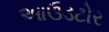
આઉડટોર